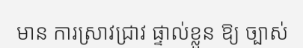
មាន ការស្រាវជ្រាវ ផ្ទាល់ខ្លួន ឱ្យ ច្បាស់